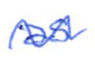
Text: as
Cross-out: wave
Writing tool: ballpoint